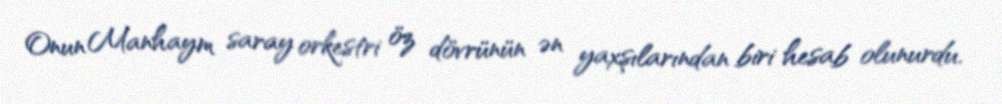
Onun Manhaym saray orkestri öz dövrünün ən yaxşılarından biri hesab olunurdu.